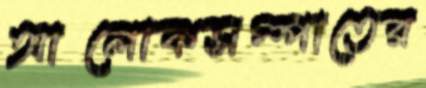
আলোকসম্পাতের